Statistics compiled by the Government of India from the reports of provincial Civil Veterinary Departments
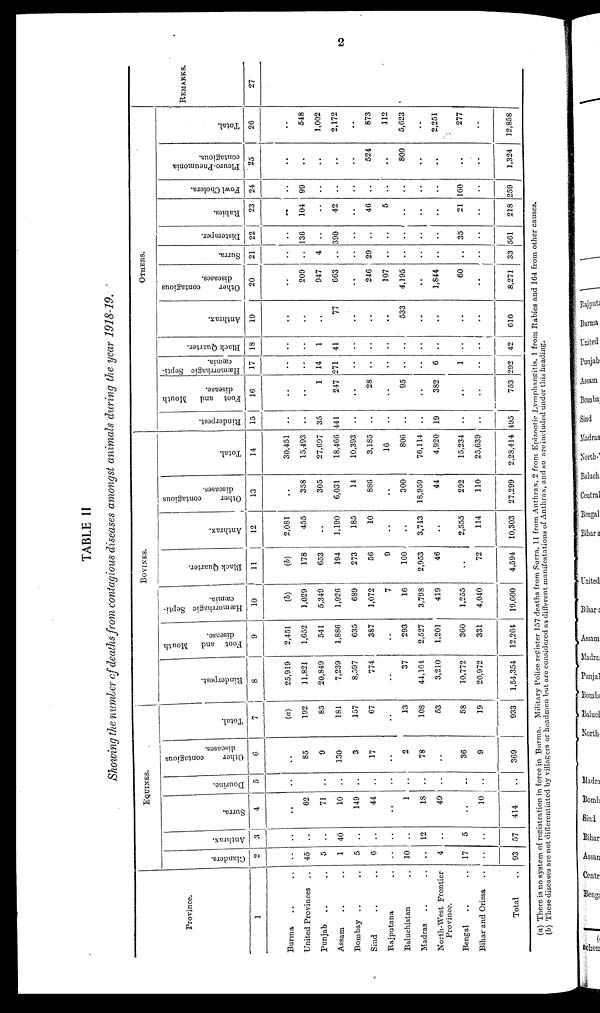
2
TABLE II
Showing the number of deaths from contagious diseases amongst animals during the year 1918-19.
Province.
1
Burma .. ..
United Provinces ..
Punjab .. ..
Assam .. ..
Bombay .. ..
Sind .. ..
Rajputana ..
Baluchistan ..
Madras .. ..
North-West Frontier
Province.
Bengal .. ..
Bihar and Orissa ..
Total ..
EQUINES.
Glanders.
2
..
45
5
1
5
6
..
10
..
4
17
..
93
Anthrax.
3
..
..
..
40
..
..
..
..
12
..
5
..
57
Surra.
4
..
62
71
10
149
44
..
1
18
49
..
10
414
Dourine.
5
..
..
..
..
..
..
..
..
..
..
..
..
..
Other
contagious
diseases.
6
..
85
9
130
3
17
..
2
78
..
36
9
369
Total.
7
(a)
192
85
181
157
67
..
13
108
53
58
19
933
BOVINES.
Rinderpest.
8
25,919
11,821
20,849
7,239
8,597
774
..
37
44,104
3,210
10,772
20,972
1,54,354
Foot and
Mouth
disease.
9
2,451
1,652
541
1,886
635
387
..
293
2,527
1,201
360
331
12,264
Hæmorrhagic Septi-
cæmia.
10
(b)
1,029
5,349
1,926
689
1,072
7
16
3,798
419
1,255
4,040
19,600
Black Quarter.
(b)
178
653
194
273
56
9
160
2,953
46
..
72
4,594
Anthrax.
12
2,081
455
..
1,190
185
10
..
..
3,713
..
2,555
114
10,303
Other
contagious
diseases.
13
..
358
305
6,031
14
886
..
300
18,959
44
292
110
27,299
Total.
14
30,451
15,493
27,697
18,466
10,393
3,185
16
806
76,114
4,920
15,234
25,639
2,28,414
OTHERS.
Rinderpest.
15
..
..
35
441
..
..
..
..
..
19
..
..
495
Foot and
Mouth
disease.
16
..
..
1
247
..
28
..
95
..
382
..
..
753
Hæmorrhagic Septi-
cæmia.
17
..
..
14
271
..
..
..
..
..
6
1
..
292
Black Quarter.
18
..
..
1
41
..
..
..
..
..
..
..
..
42
Anthrax.
19
..
..
..
77
..
..
..
533
..
..
..
..
610
Other
contagious
diseases.
20
..
209
947
663
....
246
107
4,195
..
1,844
60
..
8,271
Surra.
21
..
..
4
..
..
29
..
..
..
..
..
..
33
Distemper.
22
..
136
..
390
..
..
..
..
..
..
35
..
561
Rabies.
23
..
104
..
42
..
46
5
..
..
..
21
..
218
Fowl Cholera.
24
..
99
..
..
..
..
..
..
..
..
160
..
259
Pleuro-Pneumonia
contagious.
25
..
..
..
..
..
524
..
800
..
..
..
..
1,324
Total.
26
..
548
1,002
2,172
..
873
112
5,623
..
2,251
277
..
12,858
REMARKS
27
..
..
..
..
..
..
(a) There is no system of registration in force in Burma. Military Police register 157 deaths from Surra, 11 from Anthrax, 2 from Epizootic Lymphangitis, 1 from Rabies and 164 from other causes.
(b) These diseases are not differentiated by villagers or headmen but are considered as different manifestations of Anthrax, and so are included under this heading.